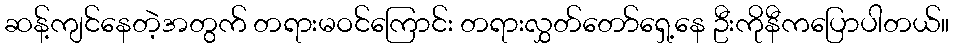
ဆန့်ကျင်နေတဲ့အတွက် တရားမဝင်ကြောင်း တရားလွှတ်တော်ရှေ့နေ ဦးကိုနီကပြောပါတယ်။